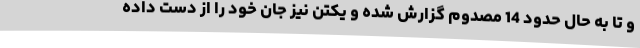
و تا به حال حدود 14 مصدوم گزارش شده و یکتن نیز جان خود را از دست داده